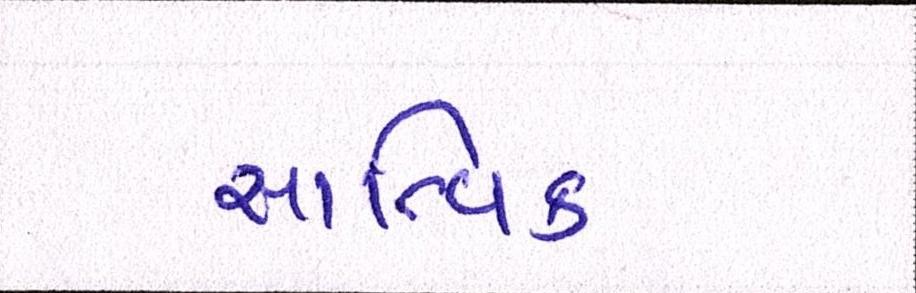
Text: સાત્ત્વિક